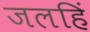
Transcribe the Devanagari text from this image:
जलहिं